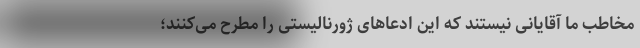
مخاطب ما آقایانی نیستند که این ادعاهای ژورنالیستی را مطرح می‌کنند؛